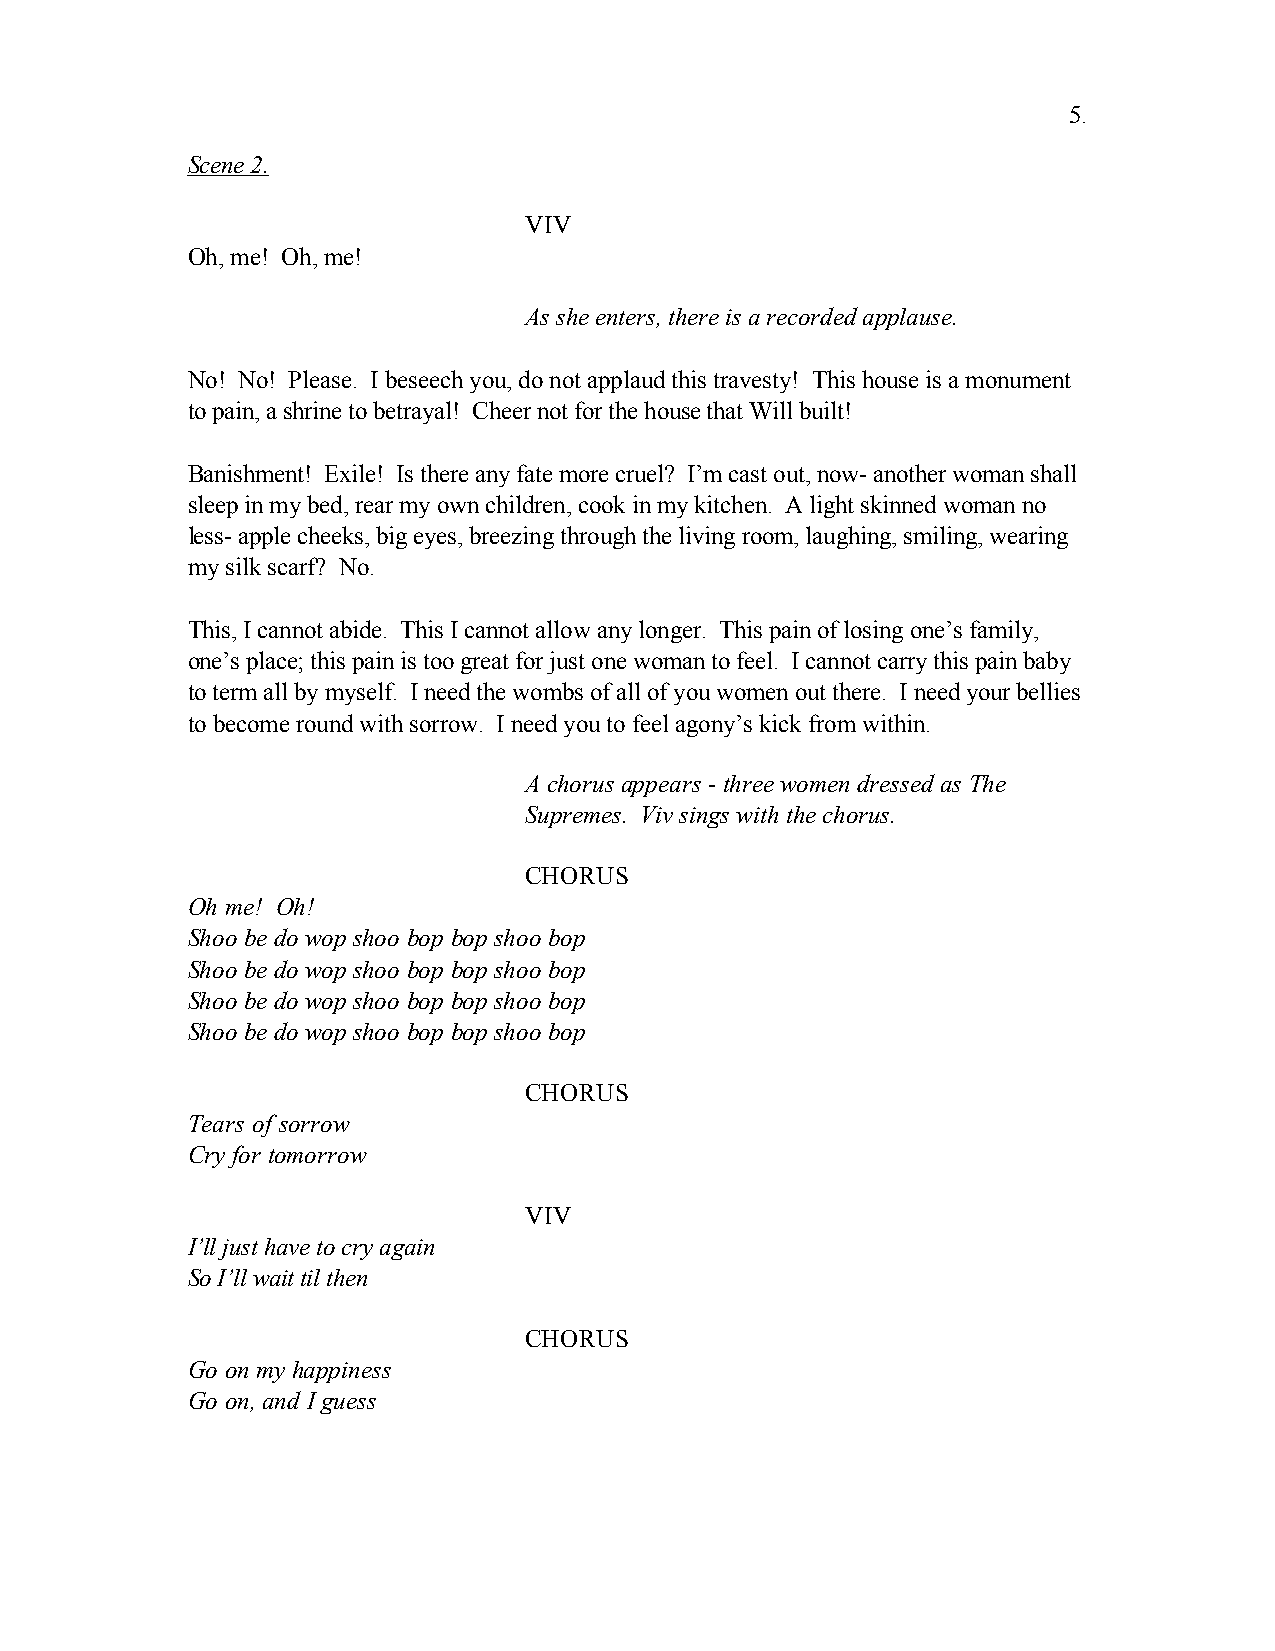
5.
 Scene 2.
 VIV
 Oh, me! Oh, me!
 As she enters, there is a recorded applause.
 No! No! Please. I beseech you, do not applaud this travesty! This house is a monument
 to pain, a shrine to betrayal! Cheer not for the house that Will built!
 Banishment! Exile! Is there any fate more cruel? I’m cast out, now- another woman shall
 sleep in my bed, rear my own children, cook in my kitchen. A light skinned woman no
 less- apple cheeks, big eyes, breezing through the living room, laughing, smiling, wearing
 my silk scarf? No.
 This, I cannot abide. This I cannot allow any longer. This pain of losing one’s family,
 one’s place; this pain is too great for just one woman to feel. I cannot carry this pain baby
 to term all by myself. I need the wombs of all of you women out there. I need your bellies
 to become round with sorrow. I need you to feel agony’s kick from within.
 A chorus appears - three women dressed as The
 Supremes. Viv sings with the chorus.
 CHORUS
 Oh me! Oh!
 Shoo be do wop shoo bop bop shoo bop
 Shoo be do wop shoo bop bop shoo bop
 Shoo be do wop shoo bop bop shoo bop
 Shoo be do wop shoo bop bop shoo bop
 CHORUS
 Tears of sorrow
 Cry for tomorrow
 VIV
 I’ll just have to cry again
 So I’ll wait til then
 CHORUS
 Go on my happiness
 Go on, and I guess